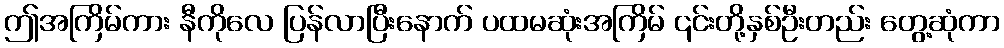
ဤအကြိမ်ကား နီကိုလေ ပြန်လာပြီးနောက် ပထမဆုံးအကြိမ် ၎င်းတို့နှစ်ဦးတည်း တွေ့ဆုံကာ